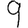
Digit: 9